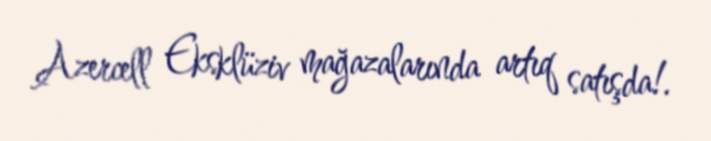
Azercell Eksklüziv mağazalarında artıq satışda!.